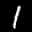
Label: 1